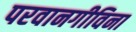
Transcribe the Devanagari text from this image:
परवानगीविना